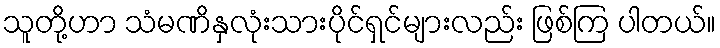
သူတို့ဟာ သံမဏိနှလုံးသားပိုင်ရှင်များလည်း ဖြစ်ကြ ပါတယ်။